Lunatic asylums in Bengal annual reports 1888-1898 - 1888-1898
Year: 1888
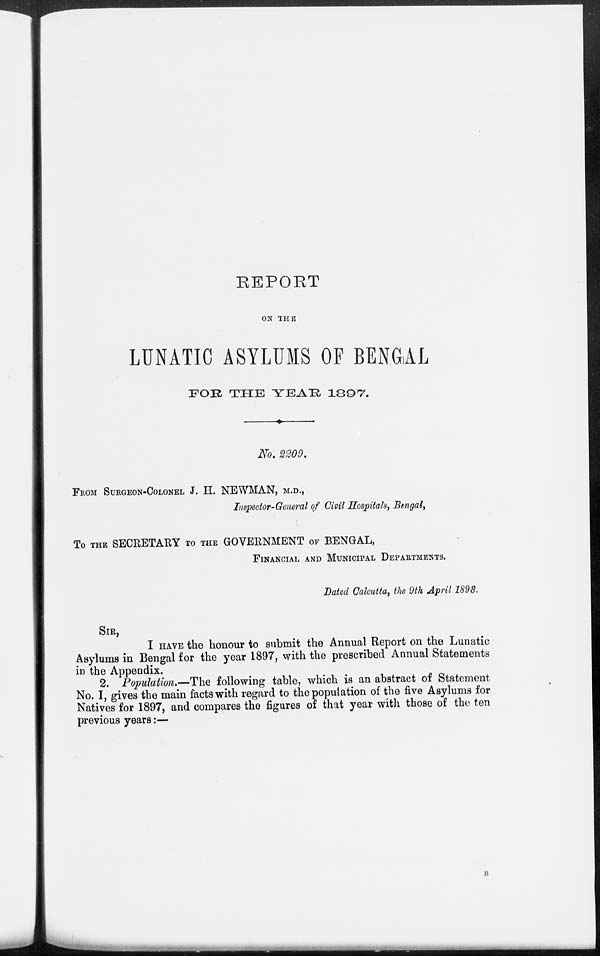
REPORT
ON THE
LUNATIC ASYLUMS OF BENGAL
FOR THE YEAR 1897.
No. 2209.
FROM SURGEON-COLONEL J. H. NEWMAN, M.D.,
Inspector-General of Civil Hospitals, Bengal,
To THE SECRETARY TO THE GOVERNMENT OF BENGAL,
FINANCIAL AND MUNICIPAL DEPARTMENTS.
Dated Calcutta, the 9th April 1898.
SIR,
I HAVE the honour to submit the Annual Report on the Lunatic
Asylums in Bengal for the year 1897, with the prescribed Annual Statements
in the Appendix.
2. Population.—The following table, which is an abstract of Statement
No. I, gives the main facts with regard to the population of the five Asylums for
Natives for 1897, and compares the figures of that year with those of the ten
previous years:—
B